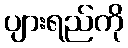
ပျားရည်ကို